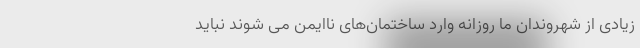
زیادی از شهروندان ما روزانه وارد ساختمان‌های ناایمن می شوند نباید